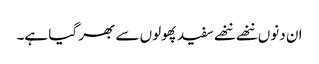
ان دنوں ننھے ننھے سفیدپھولوں سے بھر گیا ہے۔